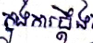
ក្នុងការប្តឹង